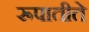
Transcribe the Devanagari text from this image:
रूपातीते